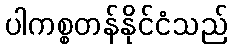
ပါကစ္စတန်နိုင်ငံသည်